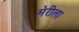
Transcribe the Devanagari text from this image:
मेरीला